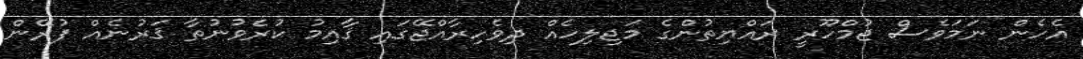
އެހެން ނަމަވެސް ޖުމްހޫރީ ރައްޔިތުންގެ މަޖިލިހެއް ދިވެހިރާއްޖޭގައި ޤާއިމު ކުރެވުނުތާ ޤަރުނެއް ފުރޭން